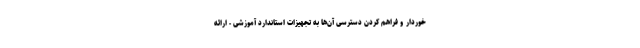
خوردار و فراهم کردن دسترسی آن‌ها به تجهیزات استاندارد آموزشی - ارائه